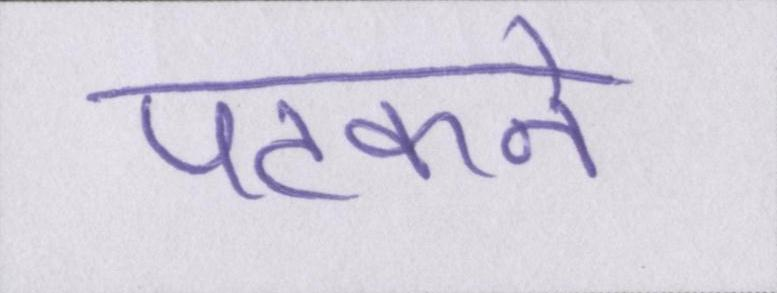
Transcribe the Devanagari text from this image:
पटकने